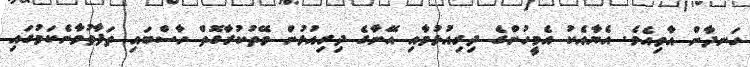
ހަނދާން އާވިއެވެ. އެޔާއެކު އެމީހުންގެ ދިރިއުޅުމާއި އޭނާގެ ދިރިއުޅުން ވޭތުކުރާގޮތް ހާސްބައި ތަފާތުވާނެކަމުގައި